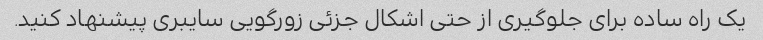
یک راه ساده برای جلوگیری از حتی اشکال جزئی زورگویی سایبری پیشنهاد کنید.